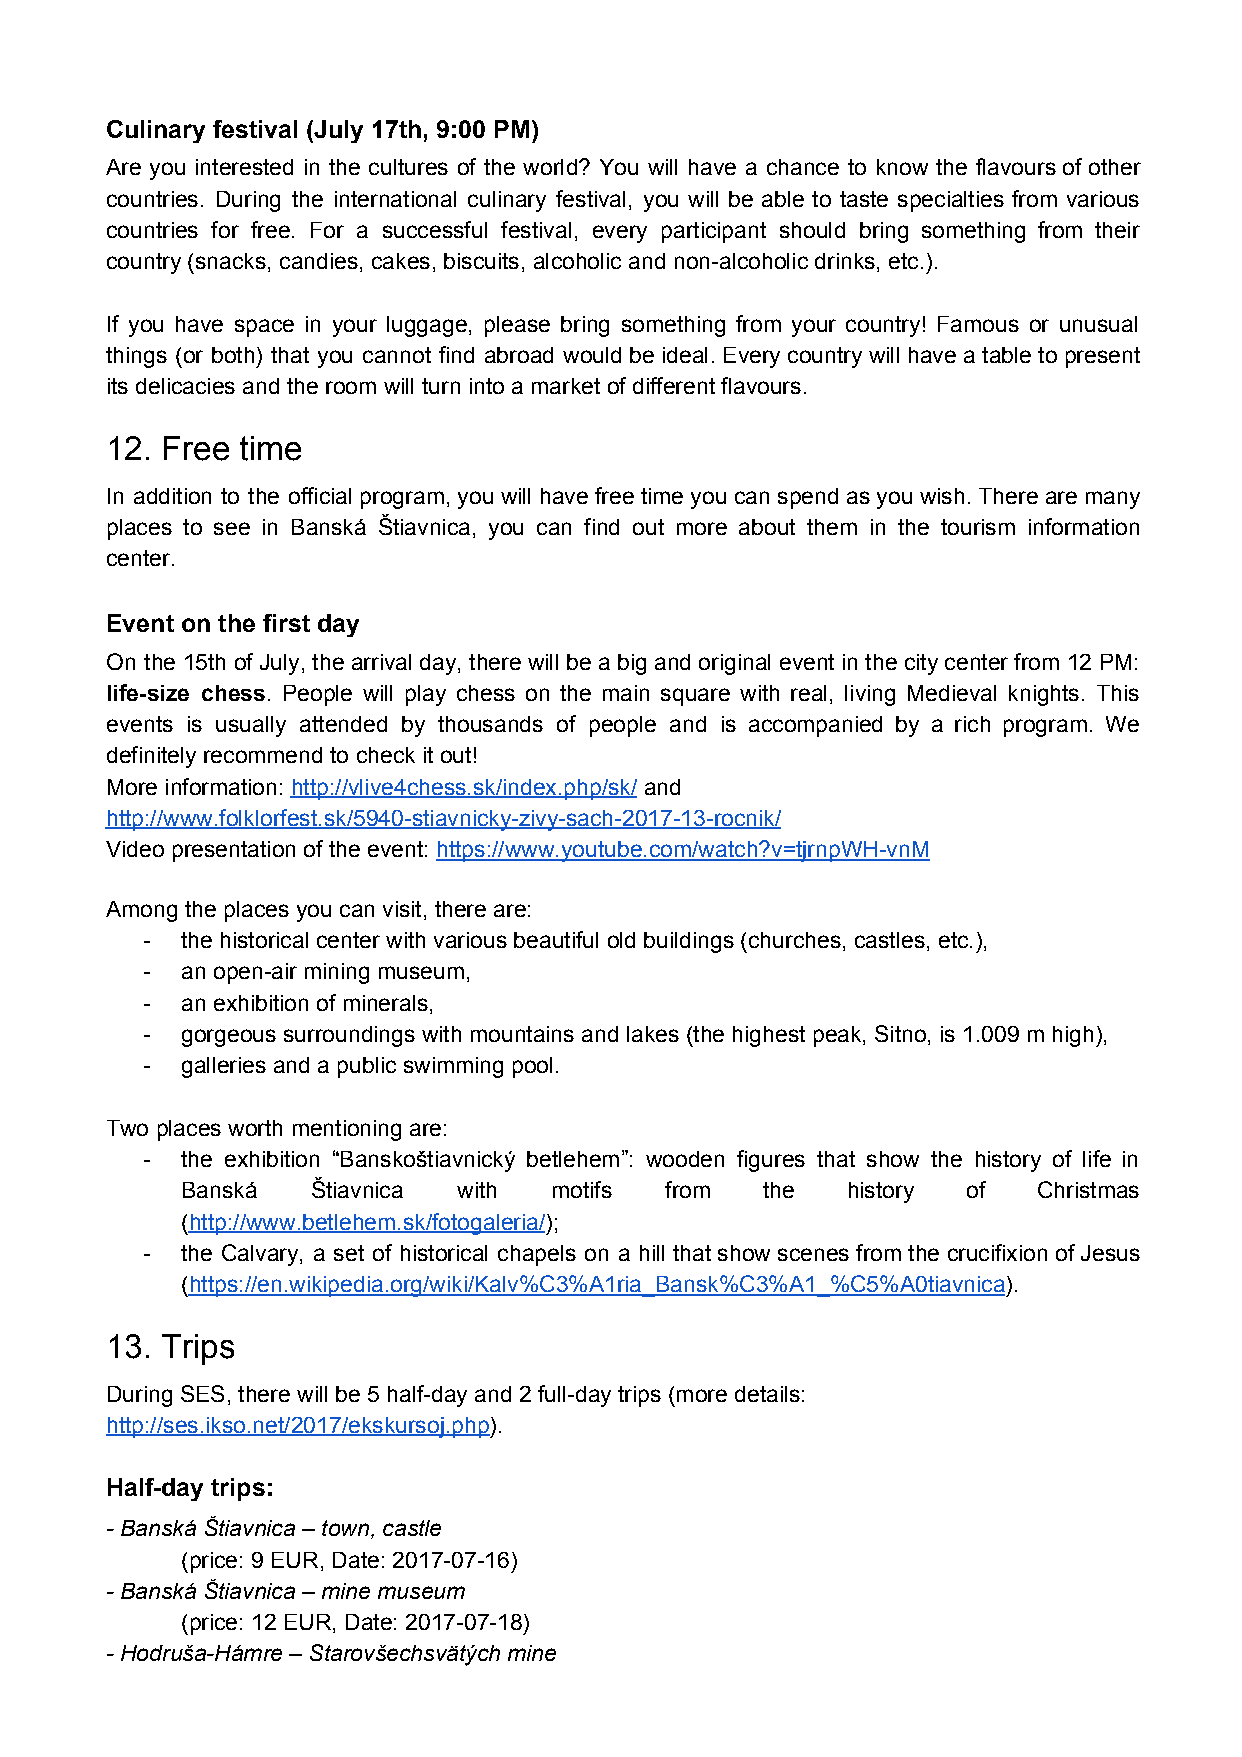
Culinary festival (July 17th, 9:00 PM)
 Are you interested in the cultures of the world? You will have a chance to know the flavours of other
 countries. During the international culinary festival, you will be able to taste specialties from various
 countries for free. For a successful festival, every participant should bring something from their
 country (snacks, candies, cakes, biscuits, alcoholic and non-alcoholic drinks, etc.).
 If you have space in your luggage, please bring something from your country! Famous or unusual
 things (or both) that you cannot find abroad would be ideal. Every country will have a table to present
 its delicacies and the room will turn into a market of different flavours.
 12. Free time
 In addition to the official program, you will have free time you can spend as you wish. There are many
 places to see in Banská Štiavnica, you can find out more about them in the tourism information
 center.
 Event on the first day
 On the 15th of July, the arrival day, there will be a big and original event in the city center from 12 PM:
 life-size chess. People will play chess on the main square with real, living Medieval knights. This
 ​
 events is usually attended by thousands of people and is accompanied by a rich program. We
 definitely recommend to check it out!
 More information: http://vlive4chess.sk/index.php/sk/ and
 ​                      ​
 http://www.folklorfest.sk/5940-stiavnicky-zivy-sach-2017-13-rocnik/
 Video presentation of the event: https://www.youtube.com/watch?v=tjrnpWH-vnM
 ​
 Among the places you can visit, there are:
 -  the historical center with various beautiful old buildings (churches, castles, etc.),
 -  an open-air mining museum,
 -  an exhibition of minerals,
 -  gorgeous surroundings with mountains and lakes (the highest peak, Sitno, is 1.009 m high),
 -  galleries and a public swimming pool.
 Two places worth mentioning are:
 -  the exhibition “Banskoštiavnický betlehem”: wooden figures that show the history of life in
 Banská   Štiavnica with motifs  from   the  history of   Christmas
 (http://www.betlehem.sk/fotogaleria/);
 ​                       ​
 -  the Calvary, a set of historical chapels on a hill that show scenes from the crucifixion of Jesus
 (https://en.wikipedia.org/wiki/Kalv%C3%A1ria_Bansk%C3%A1_%C5%A0tiavnica).
 ​                                                      ​
 13. Trips
 During SES, there will be 5 half-day and 2 full-day trips (more details:
 http://ses.ikso.net/2017/ekskursoj.php).
 ​
 Half-day trips:
 - Banská Štiavnica – town, castle
 (price: 9 EUR, Date: 2017-07-16)
 - Banská Štiavnica – mine museum
 (price: 12 EUR, Date: 2017-07-18)
 - Hodruša-Hámre – Starovšechsvätých mine